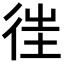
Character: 𢓸